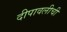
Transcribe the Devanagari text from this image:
दीपावलीची